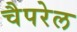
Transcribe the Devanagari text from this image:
चैपरेल